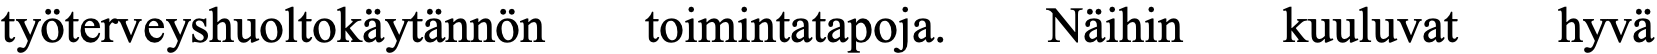
työterveyshuoltokäytännön toimintatapoja. Näihin kuuluvat hyvä